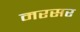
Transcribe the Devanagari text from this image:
मरसर